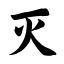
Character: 灭